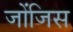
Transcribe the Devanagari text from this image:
जोंजिस